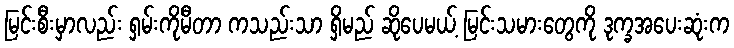
မြင်းစီးမှာလည်း ရှမ်းကိုမီတာ ကသည်းသာ ရှိမည် ဆိုပေမယ့် မြင်းသမားတွေကို ဒုက္ခအပေးဆုံးက